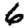
Digit: 6